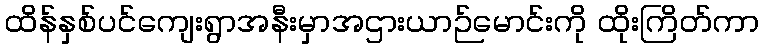
ထိန်နှစ်ပင်ကျေးရွာအနီးမှာအဌားယာဉ်မောင်းကို ထိုးကြိတ်ကာ